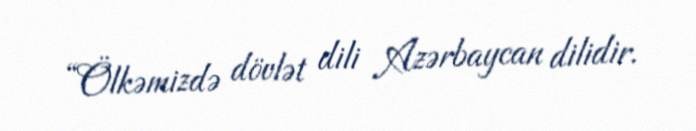
“Ölkəmizdə dövlət dili Azərbaycan dilidir.